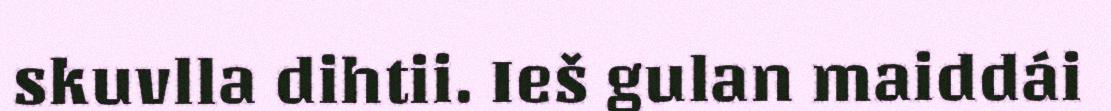
skuvlla dihtii. Ieš gulan maiddái